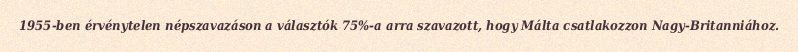
1955-ben érvénytelen népszavazáson a választók 75%-a arra szavazott, hogy Málta csatlakozzon Nagy-Britanniához.